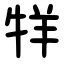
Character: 䍧